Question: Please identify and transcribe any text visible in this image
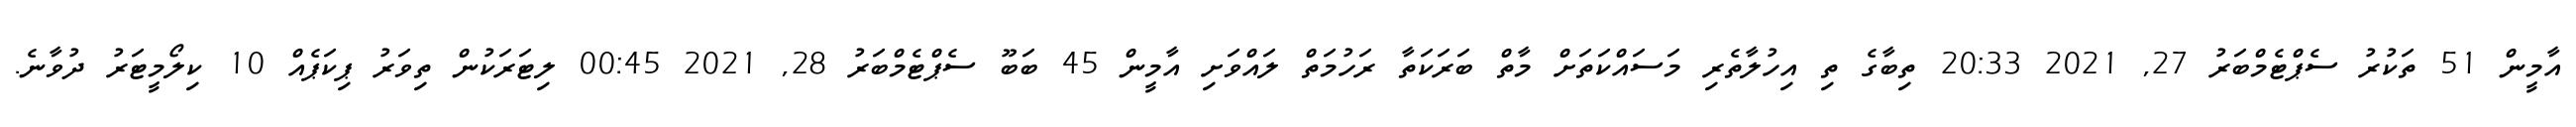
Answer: އާމީން 51 ތަކުރު ސެޕްޓެމްބަރު 27, 2021 20:33 ތިބާގެ ތި އިހުލާތެރި މަސައްކަތަށް މާތް ބަރަކަތާ ރަހުމަތް ލައްވަށި އާމީން 45 ބަބޫ ސެޕްޓެމްބަރު 28, 2021 00:45 ލިޓަރަކުން ތިވަރު ޕިކަޕެއް 10 ކިލޯމީޓަރު ދުވާނެ.